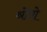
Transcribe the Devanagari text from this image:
श्रोत्रो